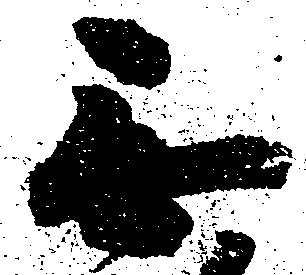
無